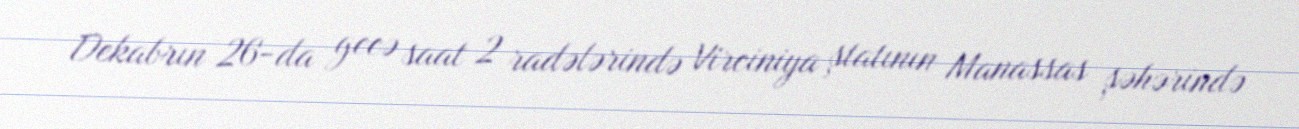
Dekabrın 26-da gecə saat 2 radələrində Virciniya ştatının Manassas şəhərində